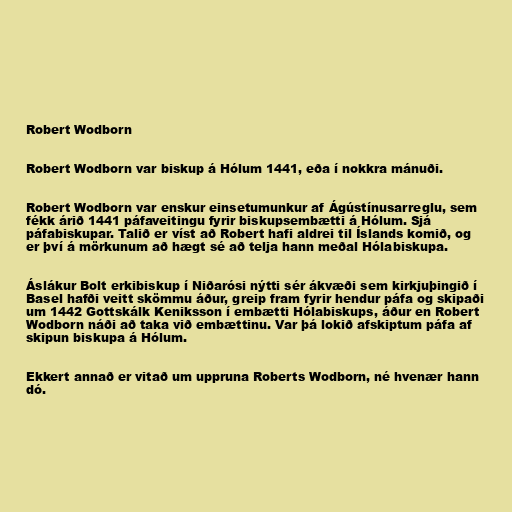
Robert Wodborn

Robert Wodborn var biskup á Hólum 1441, eða í nokkra mánuði.

Robert Wodborn var enskur einsetumunkur af Ágústínusarreglu, sem
fékk árið 1441 páfaveitingu fyrir biskupsembætti á Hólum. Sjá
páfabiskupar. Talið er víst að Robert hafi aldrei til Íslands komið, og
er því á mörkunum að hægt sé að telja hann meðal Hólabiskupa.

Áslákur Bolt erkibiskup í Niðarósi nýtti sér ákvæði sem kirkjuþingið í
Basel hafði veitt skömmu áður, greip fram fyrir hendur páfa og skipaði
um 1442 Gottskálk Keniksson í embætti Hólabiskups, áður en Robert
Wodborn náði að taka við embættinu. Var þá lokið afskiptum páfa af
skipun biskupa á Hólum.

Ekkert annað er vitað um uppruna Roberts Wodborn, né hvenær hann
dó.